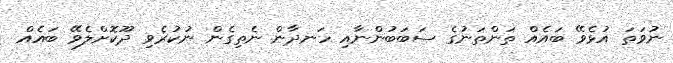
ނުވަތަ އުޅެވޭ ބައެއް ތަންތަނުގެ ސަބަބުންނާއި ހަނދާން ނެތިގެން ނުކުރެވި ދޫކޮށްލެވޭ ބައެއް